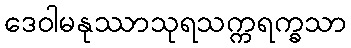
ဒေဝါမနုဿာသုရသက္ကရက္ခသာ